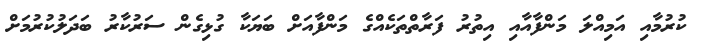
ކުރުމާއި އަމިއްލަ މަންފާއާއި އިތުރު ފަރާތްތަކެއްގެ މަންފާއަށް ބަޔަކާ ގުޅިގެން ސަރުކާރު ބަދަލުކުރުމަށް